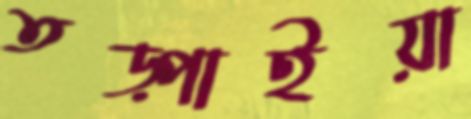
তড়্‌পাইয়া